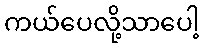
ကယ်ပေလို့သာပေါ့